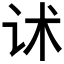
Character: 𰵓